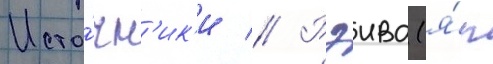
Исто́чн'ик'и // Рэива (я́п